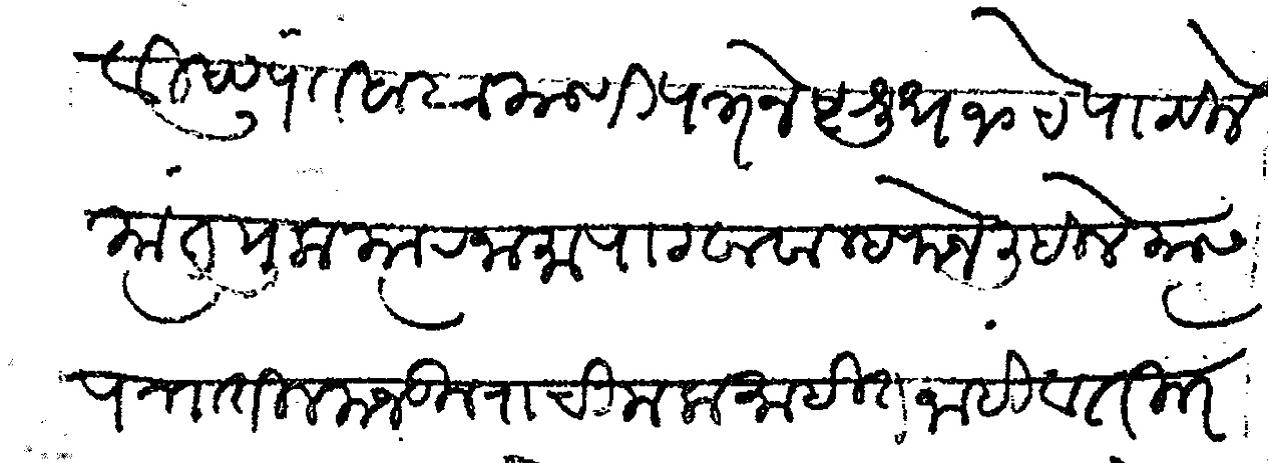
Transliteration (Devanagari): विष्णूपंत बाबा याणी पत्र जेष्ट शुध १० चे पाठविले त्यात मुकत्यारनामा पाठवावा म्हणोन लिहिले त्यास पत्रातील मजकुराची मला माहित नाही व ती